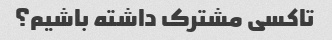
تاکسی مشترک داشته باشیم؟